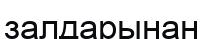
залдарынан